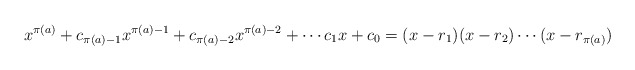
\begin{align*}x^{\pi(a)} + c_{\pi(a) - 1}x^{\pi(a) - 1} + c_{\pi(a) - 2}x^{\pi(a) - 2} + \cdots c_1x + c_0 = (x - r_1)(x - r_2)\cdots(x - r_{\pi(a)})\end{align*}